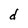
Character: d